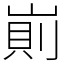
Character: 崱